65_HS1-834228961_62-HQ-83894_Section_3
Agency: FBI
Page 40
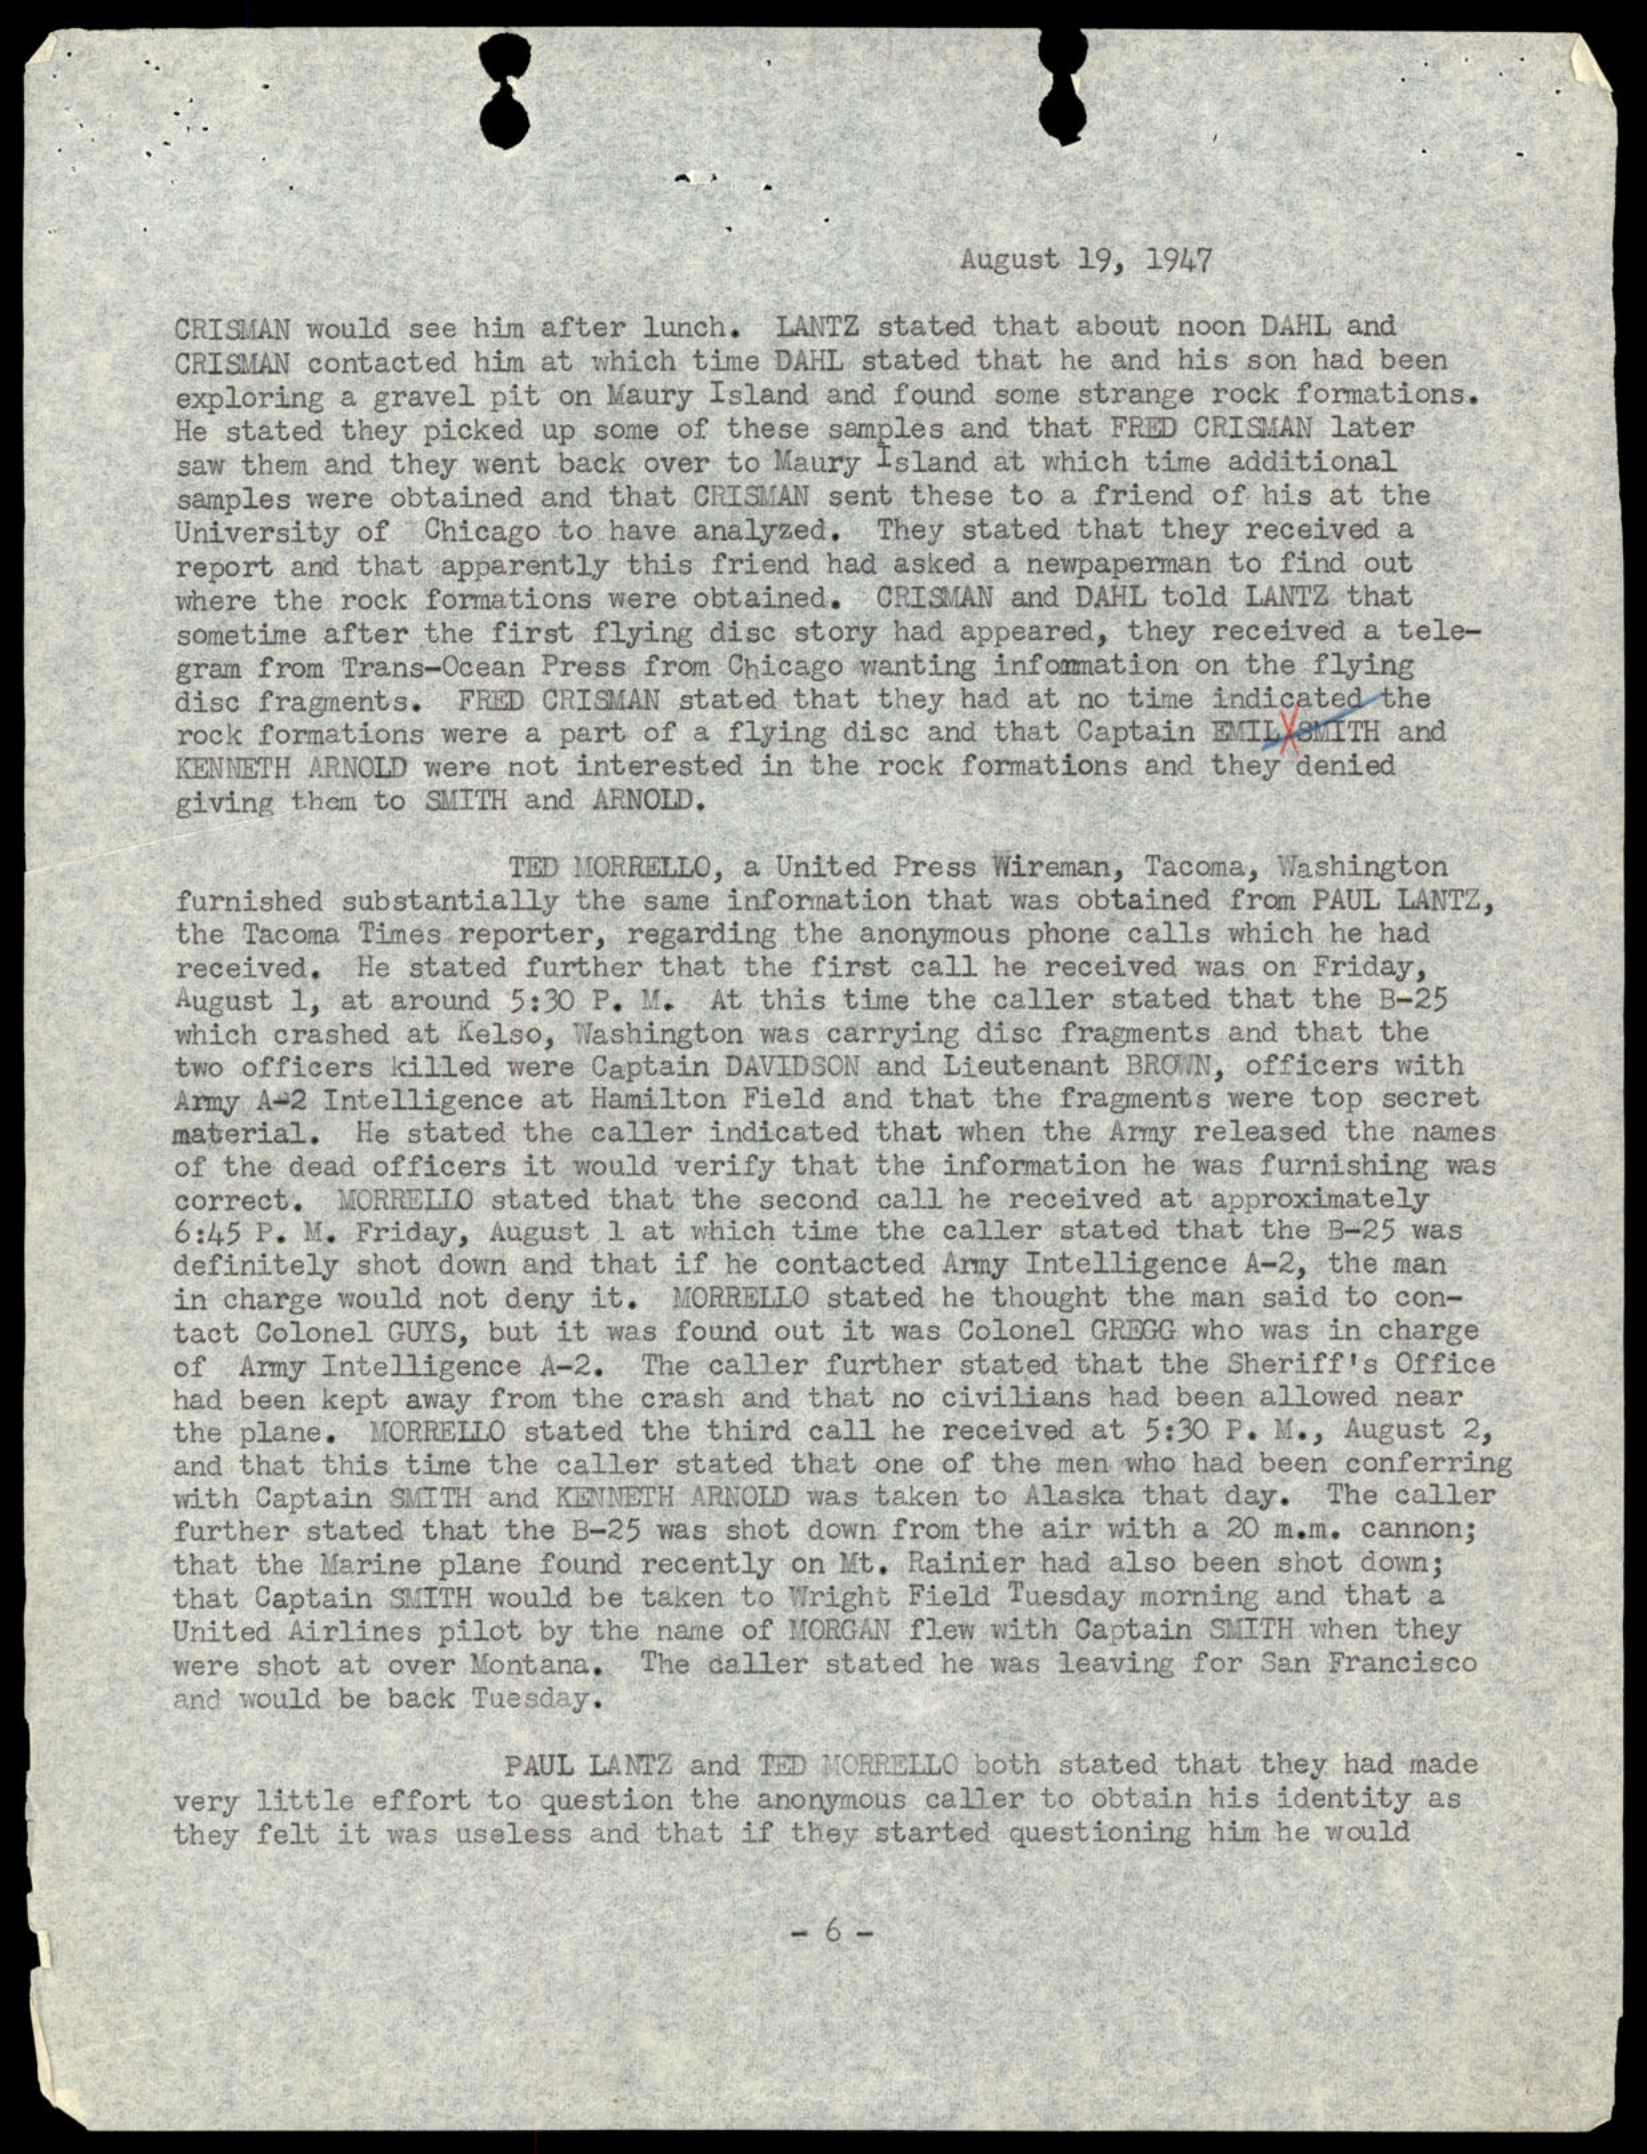